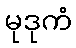
မုဒုကံ